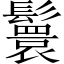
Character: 鬟